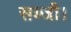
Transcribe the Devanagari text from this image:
सब्जी।